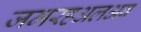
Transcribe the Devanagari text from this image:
जमरहअलअब